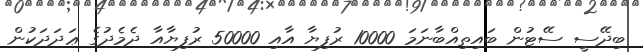
ބިދޭސީ ސޭޓުން ބައިތިއްބާނަމަ 10000 ރުފިޔާ އާއި 50000 ރުފިޔާއާ ދެމެދުގެ ޢަދަދަކުން